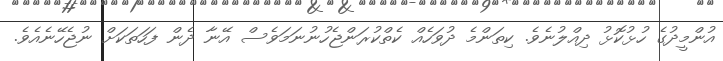
އުންމީދުގެ ހުޅުކޮޅު ދިއްލުނެވެ. ކިތަންމެ ދުވަހެއް ކެތްކުރަންޖެހުނުނަމަވެސް އޭނާ ދެން ފަހަތަކަށް ނުޖެހޭނެއެވެ.